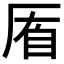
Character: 𠩮